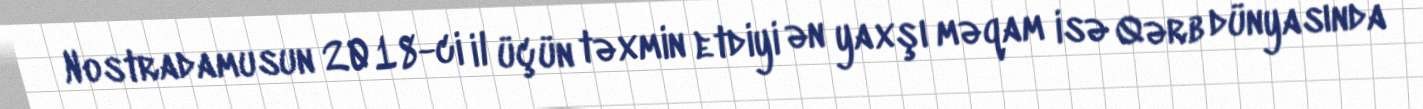
Nostradamusun 2018-ci il üçün təxmin etdiyi ən yaxşı məqam isə Qərb dünyasında